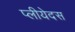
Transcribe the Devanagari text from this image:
प्लीयेदस